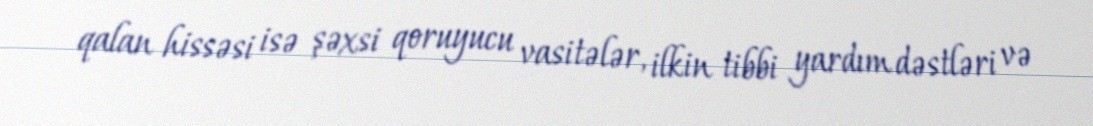
qalan hissəsi isə şəxsi qoruyucu vasitələr, ilkin tibbi yardım dəstləri və